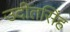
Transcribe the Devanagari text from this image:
उदीतसिंह